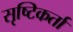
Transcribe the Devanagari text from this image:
सृष्‍टिकर्ता